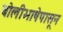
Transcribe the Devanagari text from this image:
बोलीभाषेपासून